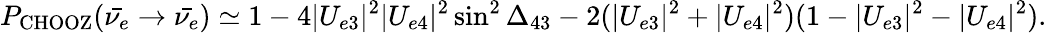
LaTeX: P_{\mathrm{CHOOZ}}(\bar{\nu_{e}}\to\bar{\nu_{e}})\simeq 1-4|U_{e3}|^{2}|U_{e4}|^{2}\sin^{2}\Delta_{43}-2(|U_{e3}|^{2}+|U_{e4}|^{2})(1-|U_{e3}|^{2}-|U_{e4}|^{2}).